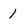
Character: 1